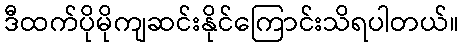
ဒီထက်ပိုမိုကျဆင်းနိုင်ကြောင်းသိရပါတယ်။